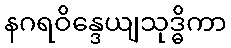
နဂရဝိန္ဒေယျသုဒ္ဓိကာ